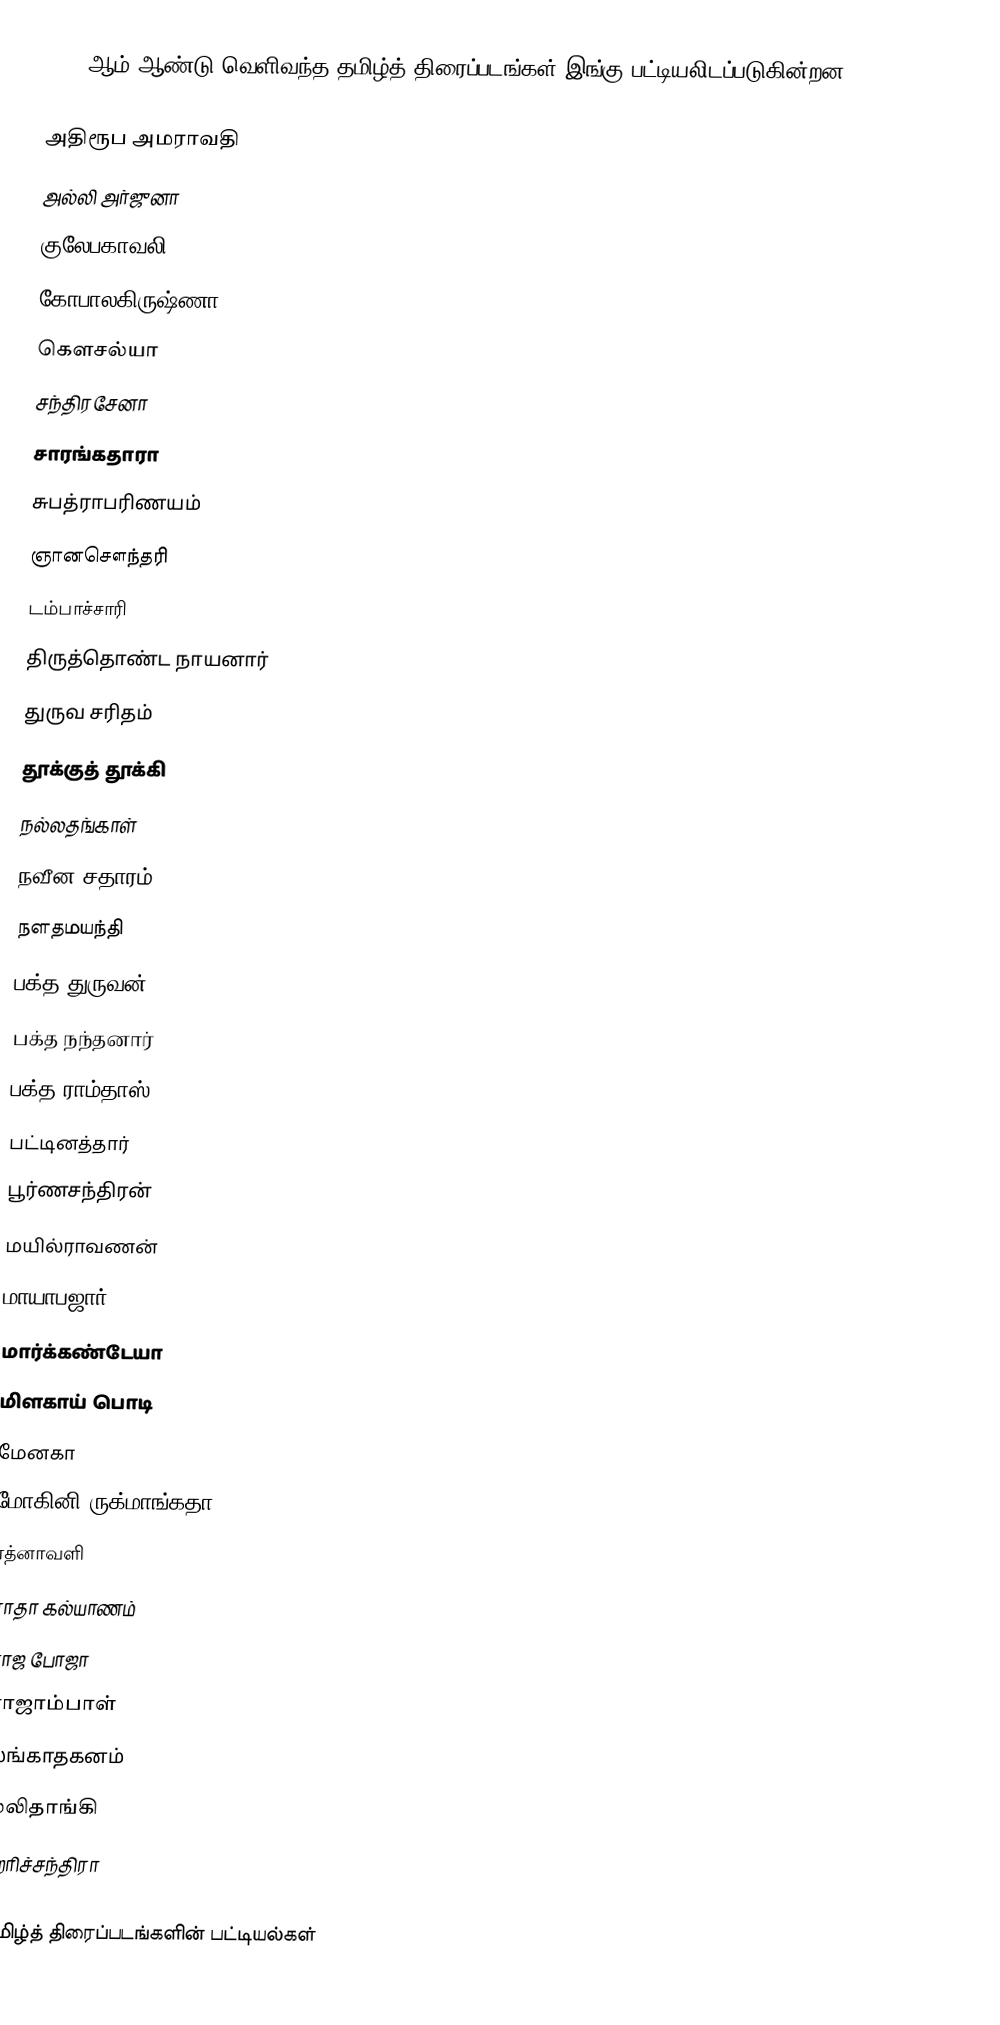
1935 ஆம் ஆண்டு வெளிவந்த தமிழ்த் திரைப்படங்கள் இங்கு பட்டியலிடப்படுகின்றன.

 அதிரூப அமராவதி
 அல்லி அர்ஜுனா
 குலேபகாவலி
 கோபாலகிருஷ்ணா
 கௌசல்யா
 சந்திரசேனா
 சாரங்கதாரா
 சுபத்ராபரிணயம்
 ஞானசௌந்தரி
 டம்பாச்சாரி
 திருத்தொண்ட நாயனார்
 துருவ சரிதம்
 தூக்குத் தூக்கி
 நல்லதங்காள்
 நவீன சதாரம்
 நளதமயந்தி
 பக்த துருவன்
 பக்த நந்தனார்
 பக்த ராம்தாஸ்
 பட்டினத்தார்
 பூர்ணசந்திரன்
 மயில்ராவணன்
 மாயாபஜார்
 மார்க்கண்டேயா
 மிளகாய் பொடி
 மேனகா
 மோகினி ருக்மாங்கதா
 ரத்னாவளி
 ராதா கல்யாணம்
 ராஜ போஜா
 ராஜாம்பாள்
 லங்காதகனம்
 லலிதாங்கி
 ஹரிச்சந்திரா

தமிழ்த் திரைப்படங்களின் பட்டியல்கள்